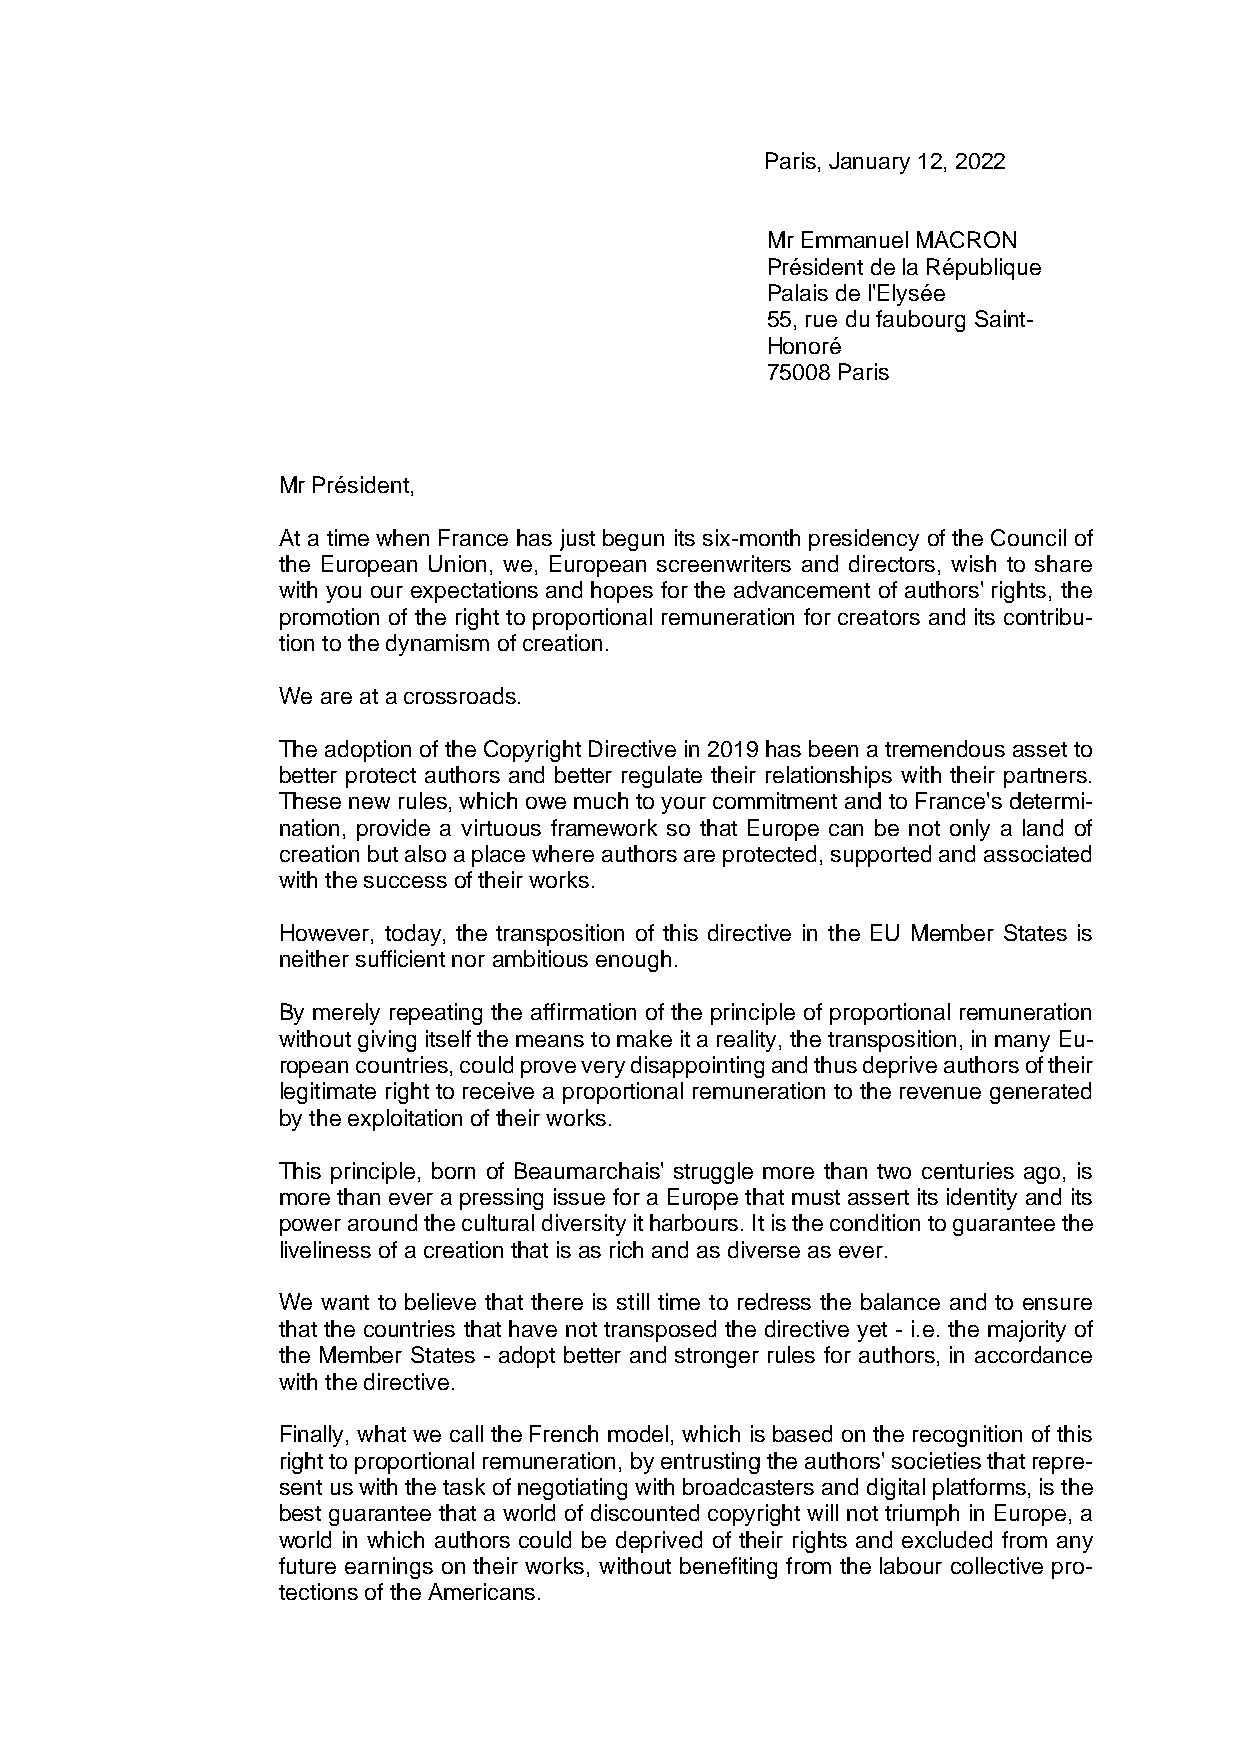
Paris, January 12, 2022
 Mr Emmanuel MACRON
 Président de la République
 Palais de l'Elysée
 55, rue du faubourg Saint-
 Honoré
 75008 Paris
 Mr Président,
 At a time when France has just begun its six-month presidency of the Council of
 the European Union, we, European screenwriters and directors, wish to share
 with you our expectations and hopes for the advancement of authors' rights, the
 promotion of the right to proportional remuneration for creators and its contribu-
 tion to the dynamism of creation.
 We are at a crossroads.
 The adoption of the Copyright Directive in 2019 has been a tremendous asset to
 better protect authors and better regulate their relationships with their partners.
 These new rules, which owe much to your commitment and to France's determi-
 nation, provide a virtuous framework so that Europe can be not only a land of
 creation but also a place where authors are protected, supported and associated
 with the success of their works.
 However, today, the transposition of this directive in the EU Member States is
 neither sufficient nor ambitious enough.
 By merely repeating the affirmation of the principle of proportional remuneration
 without giving itself the means to make it a reality, the transposition, in many Eu-
 ropean countries, could prove very disappointing and thus deprive authors of their
 legitimate right to receive a proportional remuneration to the revenue generated
 by the exploitation of their works.
 This principle, born of Beaumarchais' struggle more than two centuries ago, is
 more than ever a pressing issue for a Europe that must assert its identity and its
 power around the cultural diversity it harbours. It is the condition to guarantee the
 liveliness of a creation that is as rich and as diverse as ever.
 We want to believe that there is still time to redress the balance and to ensure
 that the countries that have not transposed the directive yet - i.e. the majority of
 the Member States - adopt better and stronger rules for authors, in accordance
 with the directive.
 Finally, what we call the French model, which is based on the recognition of this
 right to proportional remuneration, by entrusting the authors' societies that repre-
 sent us with the task of negotiating with broadcasters and digital platforms, is the
 best guarantee that a world of discounted copyright will not triumph in Europe, a
 world in which authors could be deprived of their rights and excluded from any
 future earnings on their works, without benefiting from the labour collective pro-
 tections of the Americans.